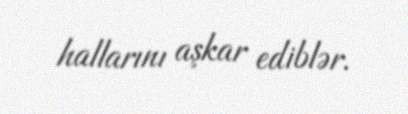
hallarını aşkar ediblər.